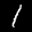
Label: 1